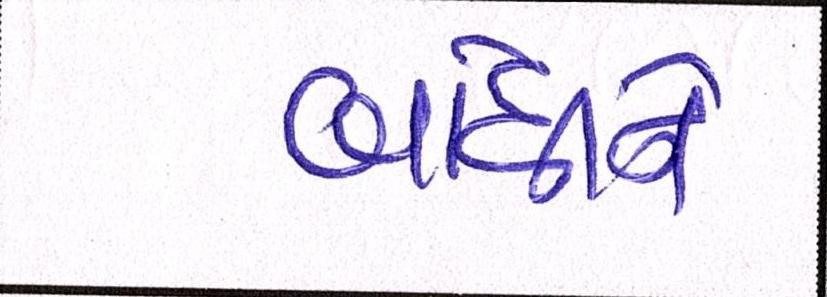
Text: બાંધીને